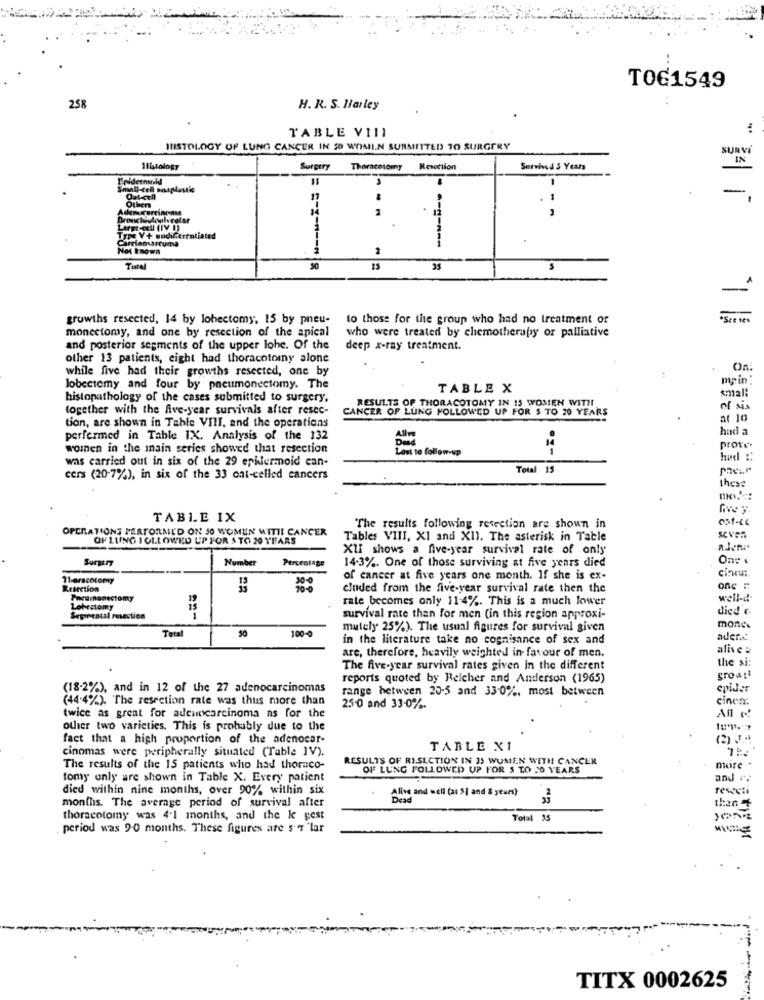
TOG1549
. .
258
H. R. S. Harley
TABLE VIII
HISTOLOGY OF LUNG CANCER IN 50 WOMIN SUBMITTED TO SURGERY
SURVI
IN
16tology
Surgery
Theracetomy
Resertion
Survived 5 Years
-
Out-cell
17
Othen
2
Type V'+ undiGerentiated
riaosarcuma
2
Total
15
35
growths resected, 14 by lohectomy, 15 by pneu-
to those for the group who had no treatment of
See te%
monectomy, and one by resection of the apical
who were treated by chemotherapy or palliative
and posterior segments of the upper lohe. Of the
deep x-ray treatment.
other 13 patients, eight had thoracotorny alone
while five had their growths resected, one by
On:
main
lobectomy and four by pneumonectomy. The
TABLE X
small
histopathology of the cases submitted to surgery.
RESULTS OF THORACOTOMY IN 15 WOMEN WITH
together with the five-year survivals after resec-
CANCER OF LUNG FOLLOWED UP FOR 5 TO 20 YEARS
of six
tion, are shown in Table VIII, and the operations
at 10
had
perfermed in Table IX. Analysis of the 132
women in the main series showed that resection
Lost to follow-up
prove
was carried out in six of the 29 epilermoid can-
hud ::
Total 15
cers (20-7%), in six of the 33 ont-celled cancers
thext
TABLE IX
051-46
OPERATIONS PERFORMED ON 50 WOMEN WITH CANCER
The results following resection are shown in
SCVOR
OF LUNG I OLLOWED UP FOR $ TO 20 YEARS
Tables VIII, XI and XII. The asterisk in Table
XII shows a five-year survival rate of only
Surgery
Number
Percentage
14.3%. One of those surviving at five years died
One
11 oracolomy
of cancer at five years one month. If she is ex-
cinon
Resection
cluded from the five-year survival rate then the
one :
rate becomes only 11-4%. This is a much lower
well-d.
Loheztomy
died c.
Segmental resection
survival rate than for men (in this region approxi-
100-0
mutely 25%). The usual figures for survival given
mones
Total
50
in the literature take no cognisance of sex and
auer.c
are, therefore, heavily weighted in favour of men.
alive :
the si:
The five-year survival rates given in the different
reports quoted by Reicher and Anderson (1965)
growst
(18-2%), and in 12 of the 27 adenocarcinomas
range between 20-5 and 33-0%, most between
epider
(44.4%). The resection rate was thus more than
cinon:
25.0 and 33-0%.
All ¢!
twice as great for adenocarcinoma as for the
other two varieties. This is probably due to the
fact that a high proportion of the adenocar-
(2) ..
cinomas were peripherally situated (Table IV).
TABLE XI
RESULTS OF RISECTION IN 35 WUMEN WITH CANCER
The results of the 15 patients who had thoraco-
OFF LUNG FOLLOWED UP FOR $ TO JO YEARS
mure .
tomy only are shown in Table X. Every patient
and r.
died within nine months, over 90% within six
Alive and well (at 5] and & years)
months. The average period of survival after
Dea
thoracotomy was 4'1 months, and the le gest
Total 15
period was 90 months. These figures are $ 7 'lar
TITX 0002625